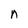
Character: n